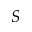
S